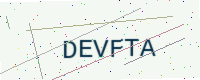
Text: DEVFTA